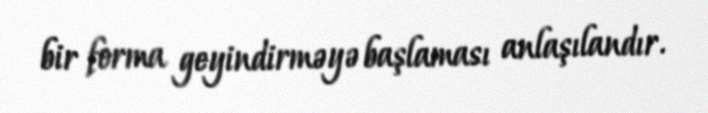
bir forma geyindirməyə başlaması anlaşılandır.